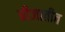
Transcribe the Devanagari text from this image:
बीजातीत